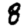
Digit: 8